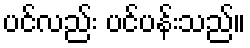
ပင်လည်း ပင်ပန်းသည်။